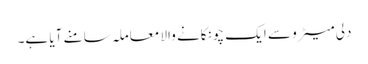
دلی میٹرو سے ایک چونکانے والا معاملہ سامنے آیا ہے۔